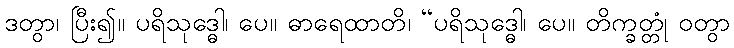
ဒတွာ၊ ပြီး၍။ ပရိသုဒ္ဓေါ၊ ပေ။ ဓာရေထာတိ၊ “ပရိသုဒ္ဓေါ၊ ပေ။ တိက္ခတ္တုံ ဝတွာ